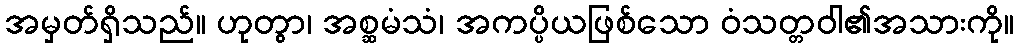
အမှတ်ရှိသည်။ ဟုတွာ၊ အစ္ဆမံသံ၊ အကပ္ပိယဖြစ်သော ဝံသတ္တဝါ၏အသားကို။